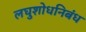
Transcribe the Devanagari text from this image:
लघुशोधनिबंध